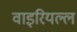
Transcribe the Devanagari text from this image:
वाइरियल्ल